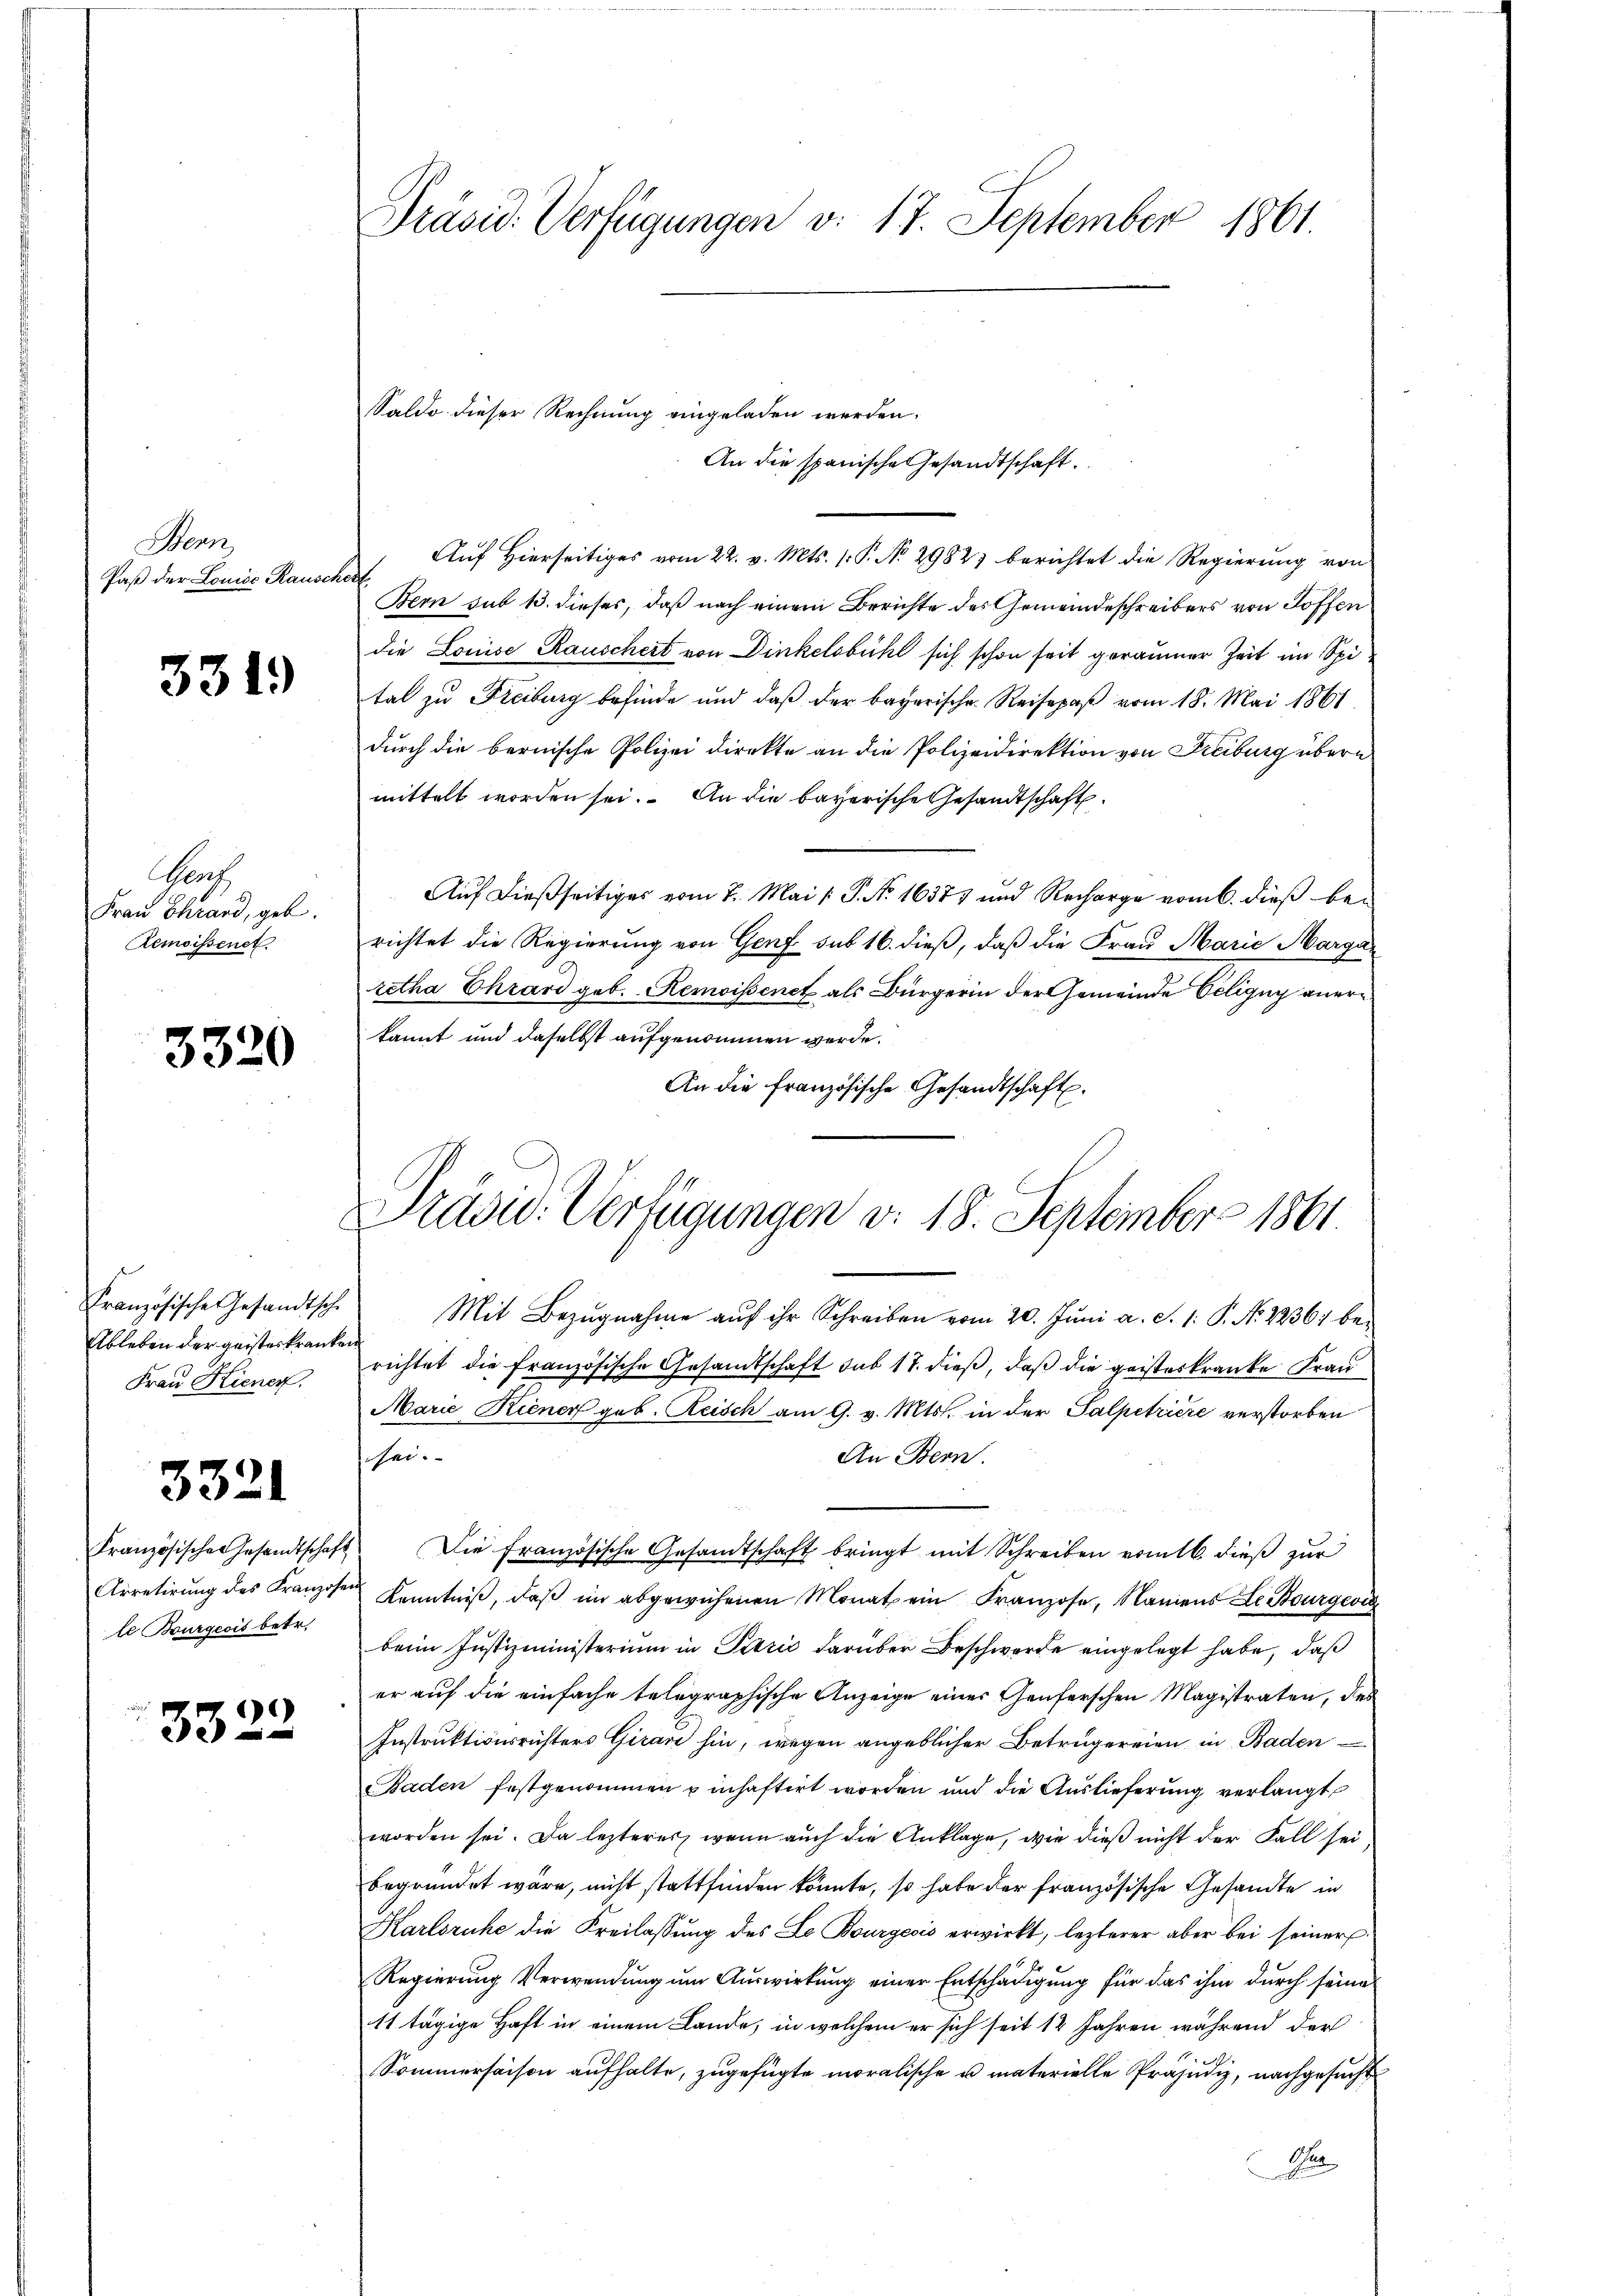
Henn
Paß der Louiss Rauschert,

331.

Groch
Frau Chrand, geb.
Remoissenet.

3320

Ableben der geisteskranken
Frau Kiener

3321

te Bourgeois betr.

)
33

Präsid. Verfügungen v. 17. September 1861.

An die spanische Gesandtschaft.
Aŭf Hierseitiges vom 22. v. Mts. v. P. No 2982) berichtet die Regierŭng von
Bern sub 13. dieses, daß nach einem Berichte des Gemeindeschreibers von Hoffen
die Louise Rauschert von Dinkelsbühl sich schon seit geraumer Zeit im Spital zu Freiburg befinde und daß der bayerische Reisepaβ vom 18. Mai 1861
durch die bernische Polizei direkte an die Polizeidirektion von Freiburg übern
mittelt worden sei. An die bayerische Gesandtschaft
Auf dießseitiges vom 2. Mai /: P. No. 16377 und Recharge vom 6. dieß berichtet die Regierung von Genf sub 16. dieß, daß die Frau Marie Margaretha Ehrard geb. Remoissenet als Bürgerin der Gemeinde Seligny anere
kannt und daselbst aufgenommen werde.
An die französische Gesandtschaft.

Saldo dieser Rechnung eingeladen werden.

Präsid. Verfügungen v. 18. September 1861.

Französische Gesandtsche Mit Bezŭgnahme aŭf ihr Schreiben vom 20. Jŭni a. S. 1: P. Nr. 22361 be-
richtet die französische Gesandtschaft sub 17. dieß, daß die geisterkranke Frau
Marie Kiener geb. Reisch am 9. v. Mts. in der Salpetriere verstorben
An Bern.
sei.
Französische Gesandtschaft. Die französische Gesandtschaft bringt mit Schreiben vom 16. dieβ zŭr
Arretirŭng des Kranzosen Kenntniβ, daβ im abgewiesenen Monat ein Franzose, Namens Le Bourgeri
beim Justizministerium in Perić darüber Beschwerde eingelegt habe, daß
er auf die einfache telegraphische Anzeige einer Genferschen Magistraten, des
Instruktionsrichters Girare hin, wegen angeblicher Betrügereien in Baden
Baden festgenommen u inhaftirt worden und die Auslieferung verlangt
worden sei. Da lezteres, wenn auch die Anklage, wie dieß nicht der Fall sei
begründet wäre, nicht stattfinden könnte, so habe der französische Gesandte in
Karlsruhe die Freilassung des Le Bourgeois erwirkt, lezterer aber bei seiner
Regierung Verwendung um Auswirkung einer Entschädigung für das ihm durch seine
11 tägige Haft in einem Lande, in welchem er sich seit 12 Jahren während der
Sommersachen aufhalte, zugefügte moralische u. materielle Präjudiz, nachgesucht
A